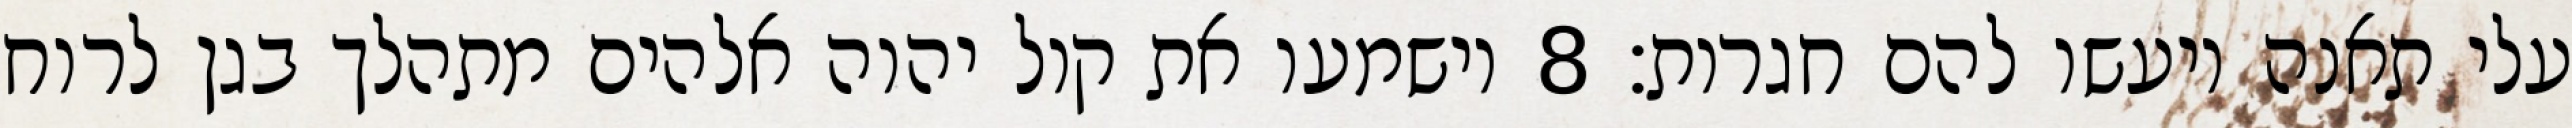
עלי תאנה ויעשו להם חגרות׃ ‎8‏ וישמעו את קול יהוה אלהים מתהלך בגן לרוח